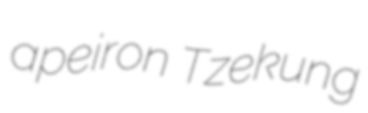
apeiron Tzekung